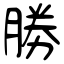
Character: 勝